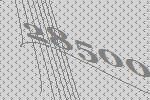
28500